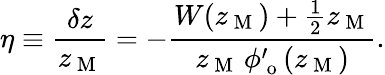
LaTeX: \eta\equiv\frac{\delta z}{z_{\mathrm{~M~}}}=-\frac{W(z_{\mathrm{~M~}})+\frac{1}{2}z_{\mathrm{~M~}}}{z_{\mathrm{~M~}}\, \phi_{\mathrm{~o~}}^{\prime}(z_{\mathrm{~M~}})}.